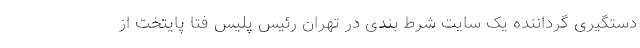
دستگیری گرداننده یک سایت شرط بندی در تهران رئیس پلیس فتا پایتخت از